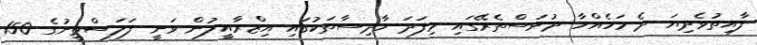
ފާއިތުވެދިޔަ ދެ މަހެއްހާ ދުވަސްތެރޭގައި މިފަދަ ހާދިސާތަކުގައި އިޒްރާއީލުން ވަނީ ފަލަސްތީނުގެ 150